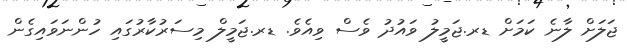
ޖަލަށް ލާނެ ކަމަށް ޑރ.ޖަމީލު ވައުދު ވެސް ވިއެވެ. ޑރ.ޖަމީލް މިސަރުކާރުގައި ހުންނަވައިގެން